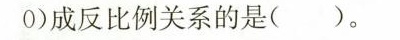
0)成反比例关系的是( )。